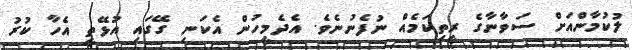
ލުކުމާންއަށް ސަވާނާގެ ރީތިކަމެއް ނުފެނުނެވެ. އެދެމީހުން އެކަނި ގޭގައި އުޅޭތީ އެހާ ކުރު